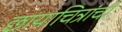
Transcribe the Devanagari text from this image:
छायाचित्रांची